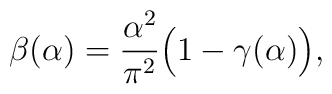
\beta(\alpha) = \frac{\alpha^2}{\pi^2}\Big(1-\gamma(\alpha)\Big),